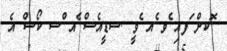
ޮކށް ަފއި ެވ ެއ ެވީ .ސޑީއެސް ެއ ްސ ކޯސް އެ